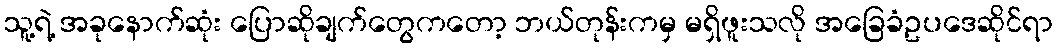
သူ့ရဲ့ အခုနောက်ဆုံး ပြောဆိုချက်တွေကတော့ ဘယ်တုန်းကမှ မရှိဖူးသလို အခြေခံဥပဒေဆိုင်ရာ